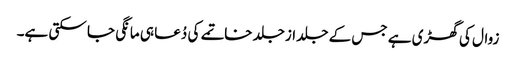
زوال کی گھڑی ہے جس کے جلد ازجلد خاتمے کی دُعا ہی مانگی جا سکتی ہے۔